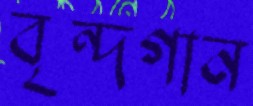
বৃন্দগান